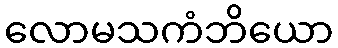
လောမသကံဘိယော